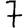
Digit: 7